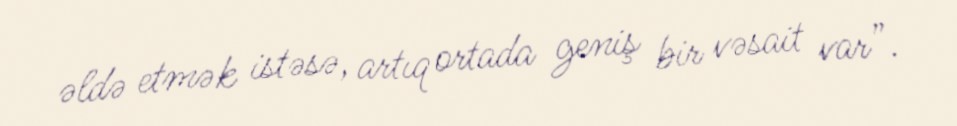
əldə etmək istəsə, artıq ortada geniş bir vəsait var”.